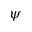
\psi